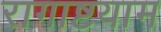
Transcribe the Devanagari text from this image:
रागाष्टयाम